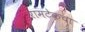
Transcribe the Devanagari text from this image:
रामटेकचा